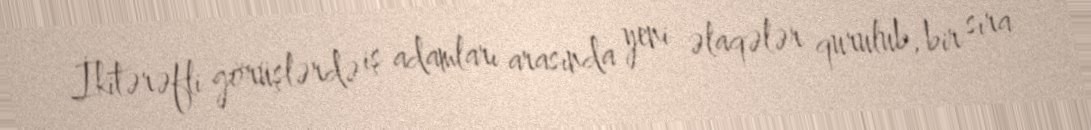
İkitərəfli görüşlərdə iş adamları arasında yeni əlaqələr qurulub, bir sıra